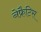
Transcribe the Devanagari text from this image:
नेफ्रैटिस